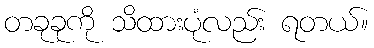
တခုခုကို သိထားပုံလည်း ရတယ်။